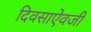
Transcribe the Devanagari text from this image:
दिवसाऐवजी